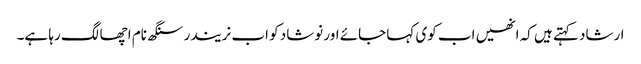
ارشاد کہتے ہیں کہ انھیں اب کوی کہا جائے اور نوشاد کو اب نریندر سنگھ نام اچھا لگ رہا ہے۔